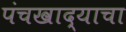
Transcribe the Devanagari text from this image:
पंचखाद्याचा